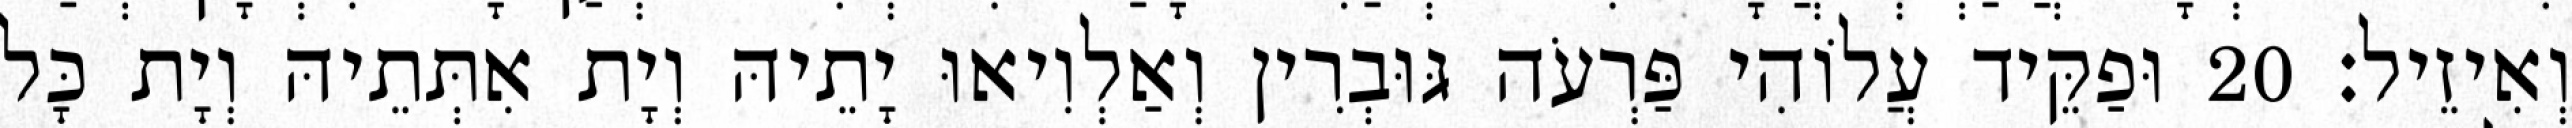
וְאִיזֵיל׃ 20 וּפַקֵּיד עֲלוֹהִי פַּרְעֹה גּוּבְרִין וְאַלְוִיאוּ יָתֵיהּ וְיָת אִתְּתֵיהּ וְיָת כָּל